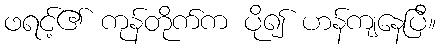
ဖရင့်၏ ကုန်တိုက်က ပို၍ ဟန်ကျနေပြီ။